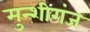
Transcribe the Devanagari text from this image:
मुन्शीगंज